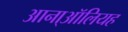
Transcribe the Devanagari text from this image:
आना्ऑलियह